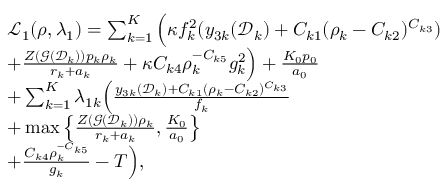
\begin{array} { r } { \begin{array} { r l } & { \mathcal L _ { 1 } ( \boldsymbol \rho , \boldsymbol \lambda _ { 1 } ) = \sum _ { k = 1 } ^ { K } \Big ( \kappa f _ { k } ^ { 2 } ( y _ { 3 k } ( \mathcal D _ { k } ) + C _ { k 1 } ( \rho _ { k } - C _ { k 2 } ) ^ { C _ { k 3 } } ) } \\ & { + \frac { Z ( \mathcal G ( \mathcal D _ { k } ) ) p _ { k } \rho _ { k } } { r _ { k } + a _ { k } } + \kappa C _ { k 4 } \rho _ { k } ^ { - C _ { k 5 } } g _ { k } ^ { 2 } \Big ) + \frac { K _ { 0 } p _ { 0 } } { a _ { 0 } } } \\ & { + \sum _ { k = 1 } ^ { K } \lambda _ { 1 k } \Big ( \frac { y _ { 3 k } ( \mathcal D _ { k } ) + C _ { k 1 } ( \rho _ { k } - C _ { k 2 } ) ^ { C _ { k 3 } } } { f _ { k } } } \\ & { + \operatorname* { m a x } \left\{ \frac { Z ( \mathcal G ( \mathcal D _ { k } ) ) \rho _ { k } } { r _ { k } + a _ { k } } , \frac { K _ { 0 } } { a _ { 0 } } \right\} } \\ & { + \frac { C _ { k 4 } \rho _ { k } ^ { - C _ { k 5 } } } { g _ { k } } - T \Big ) , } \end{array} } \end{array}